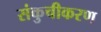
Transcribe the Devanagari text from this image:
संकुचीकरण